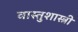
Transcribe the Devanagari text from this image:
वास्‍तुशास्‍त्री